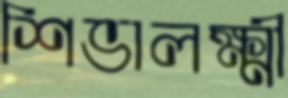
শিভালক্ষ্মী